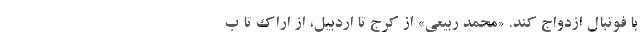
با فوتبال ازدواج کند. «محمد ربیعی» از کرج تا اردبیل، از اراک تا ب